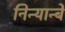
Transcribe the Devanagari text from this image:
निन्यान्बे